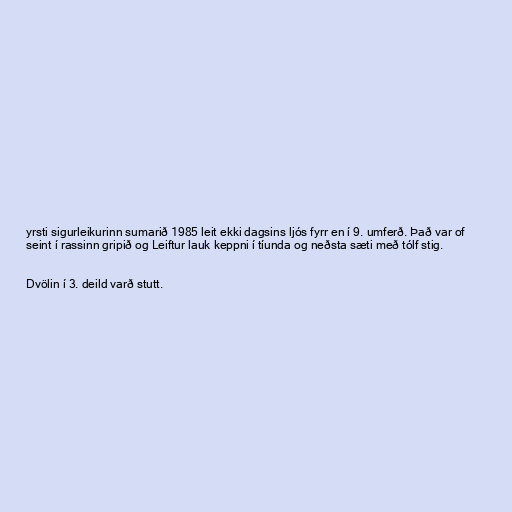
yrsti sigurleikurinn sumarið 1985 leit ekki dagsins ljós fyrr en í 9. umferð. Það var of
seint í rassinn gripið og Leiftur lauk keppni í tíunda og neðsta sæti með tólf stig.

Dvölin í 3. deild varð stutt.